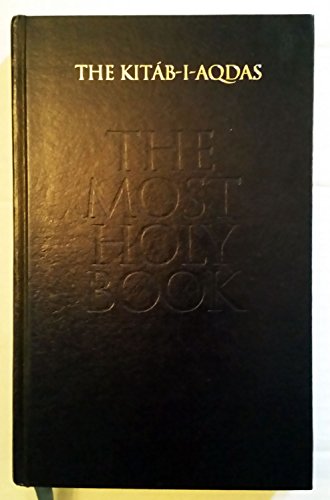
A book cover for The Kitab-I-Aqdas: The Most Holy Book; Baha'u'llah; Religion & Spirituality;